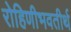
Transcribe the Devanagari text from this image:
रोहिणीभवतीर्थ